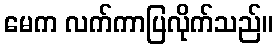
မေက လက်ကာပြလိုက်သည်။